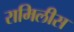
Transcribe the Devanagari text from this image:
रामिलीस